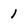
Character: 1